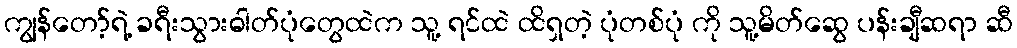
ကျွန်တော့်ရဲ့ ခရီးသွားဓါတ်ပုံတွေထဲက သူ့ ရင်ထဲ ထိရှတဲ့ ပုံတစ်ပုံ ကို သူ့မိတ်ဆွေ ပန်းချီဆရာ ဆီ